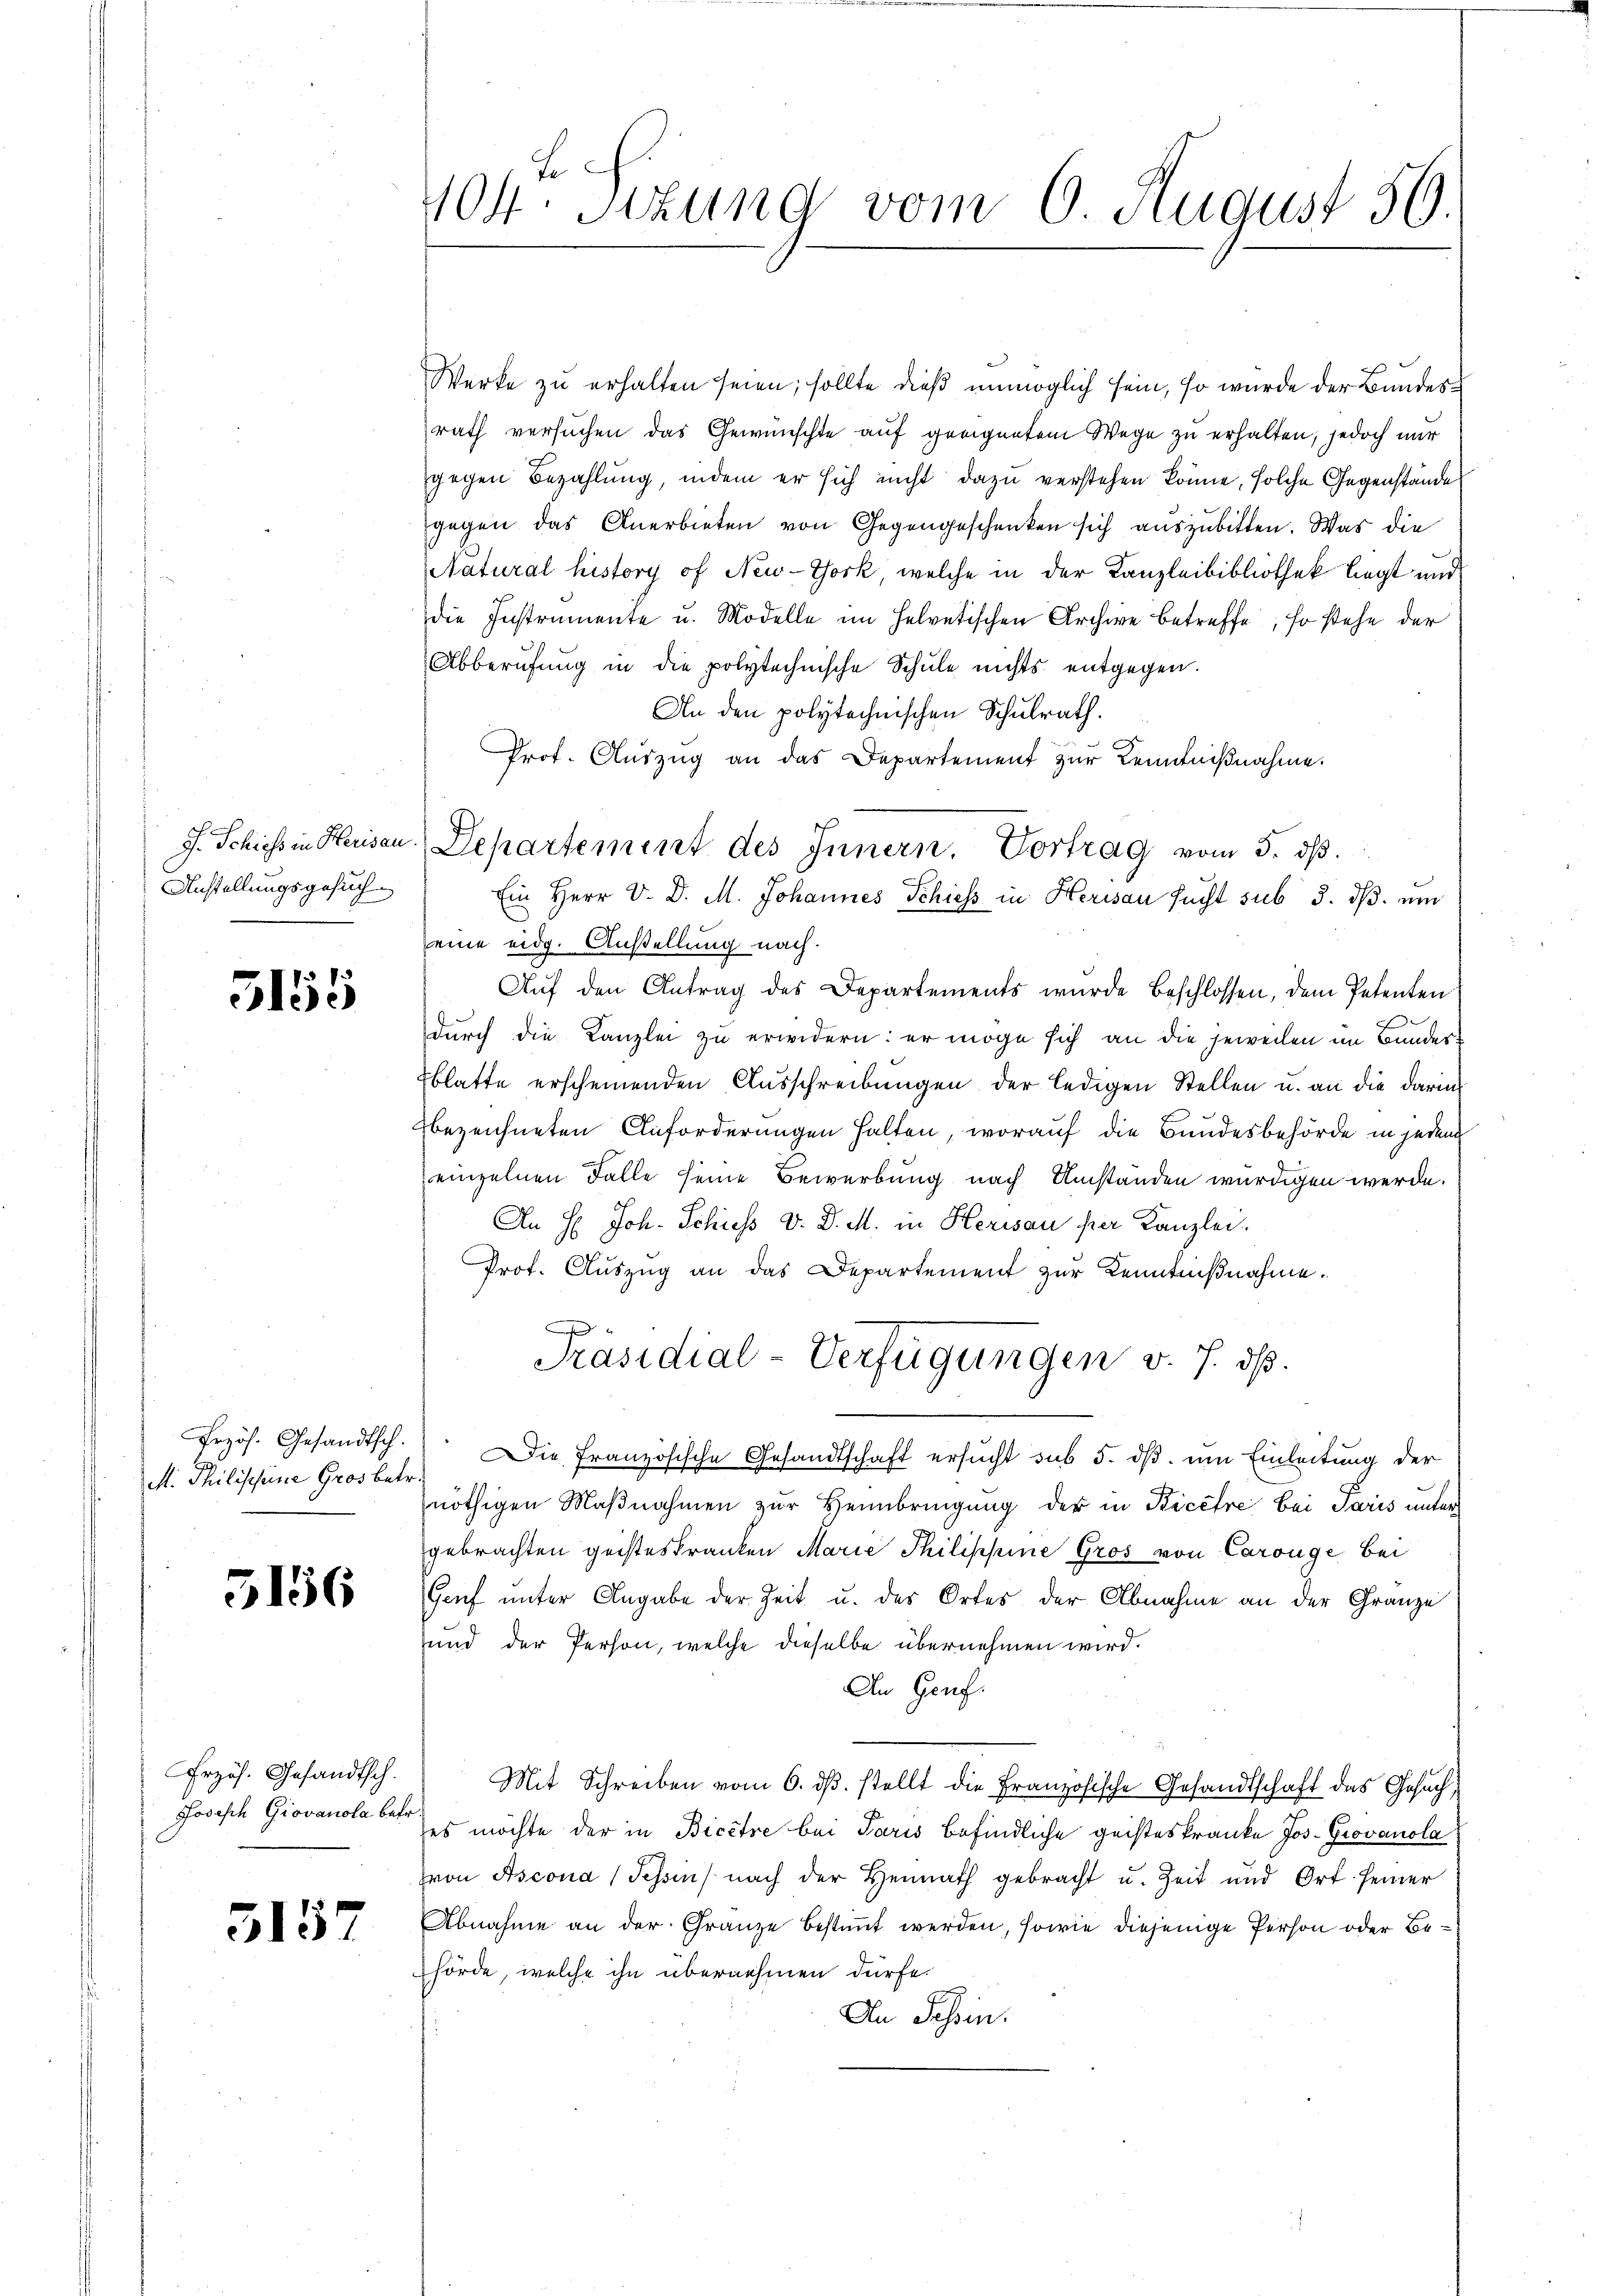
Anstellungsgesuch

5155

Werke zu erhalten seien; sollte dieß unmöglich sein, so wurde der Bundesrath versuchen das Gewünschte auf geeignetem Wege zu erhalten, jedoch nur
gegen Bezahlung, indem er sich nicht dazu verstehen könne, solche Gegenstände
gegen das Anerbieten von Gegengeschenken sich auszubitten. Was die
Natural history of New-York, welche in der Kanzleibibliothek liegt und
die Instrumente u. Modelle im Helvetischen Archive betreffe, so stehe der
Abberufung in die polytechnische Schule nichts entgegen.
An den polytechnischen Schulrath.
Prof. Aŭszŭg an das Departement zur Kenntnißnahme.
Ein Herr V. D. M. Johannes Schiess in Herisau sucht sub 5. dβ. um
eine eidg. Anstellung nach.
Auf den Antrag des Departements wurde Beschlossen, dem Petenten
durch die Kanzlei zu erwidern: er möge sich an die jeweilen im Bundesblatte erscheinenden Ausschreibungen der ledigen Stellen u. an die darin
bezeichneten Anforderungen halten, worauf die Bundesbehörde in jeden
einzelnen Falle seine Bewerbung nach Umständen würdigen werde.
An H: Joh. Schuss v. D. M. in Herisau per Kanzlei.
Prof. Auszug an das Departement zur Kenntnißnahme.
Präsidial-Verfügungen v. J. dß.
Frzös. Gesandtsch. Die französische Gesandtschaft ersŭcht sub 5. dβ ŭm Einleitung der
nöthigen Maßnahmen zur Heimbringung der in Ricere bei Paris unter
gebrachten geisteskranken Marie Philippine Gros von Carouge bei
Gruf unter Angabe der Zeit u. des Ortes der Abnahme an der Gränze
und der Person, welche dieselbe übernehmen wird.
An Genf.
Mit Schreiben vom 6. dβ. stellt die Französische Gesandtschaft das Gesuch,
Josisch Giovanola es möchte der in Bicitre bei Paris befindliche geisteskranke Jos. Grovanola
von Ascona (Tessin nach der Heimath gebracht u. Zeit und Ort. seiner
Abnahme an der Gränze bestimmt werden, sowie diejenige Person oder Behörde, welche ihn übernehmen dürfe.
An Passin.

M. Philischeine Gros betr.

5156

Erzäh. Gesandtsch.

3157

f
404. Sizung vom 6. August 36.

J. Schiess in Herisau. Departement des Innern. Vortrag vom 5. dβ.